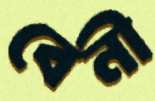
বেনী